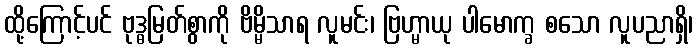
ထို့ကြောင့်ပင် ဗုဒ္ဓမြတ်စွာကို ဗိမ္မိသာရ လူမင်း၊ ဗြဟ္မာယု ပါမောက္ခ စသော လူပညာရှိ၊